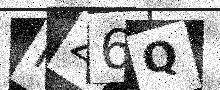
Text: FZ6Q